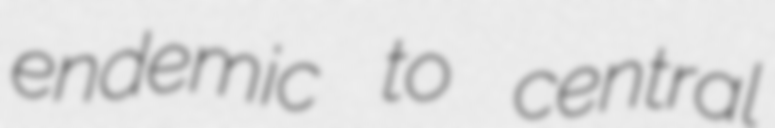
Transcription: endemic to central